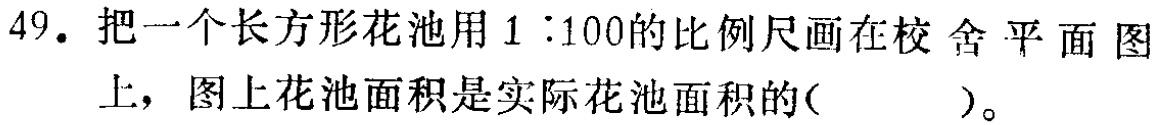
49. 把一个长方形花池用$1:100$的比例尺画在校舍平面图上，图上花池面积是实际花池面积的( )。